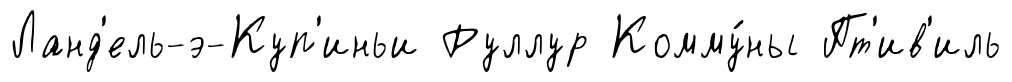
Ланд'ель-э-Куп'иньи Руллур Комму́ны Пт'ив'иль